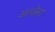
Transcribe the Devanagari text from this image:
अलजेबरा